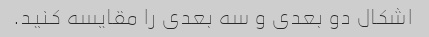
اشکال دو بعدی و سه بعدی را مقایسه کنید.